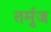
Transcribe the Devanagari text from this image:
तर्मुज